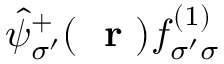
\hat { \psi } _ { \sigma ^ { \prime } } ^ { + } ( \mathrm { ~ \bf ~ r ~ } ) f _ { \sigma ^ { \prime } \sigma } ^ { ( 1 ) }